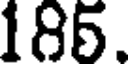
185.